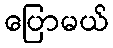
ပြောမယ်